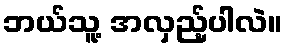
ဘယ်သူ့ အလှည့်ပါလဲ။